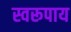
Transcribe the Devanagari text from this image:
स्वरूपाय